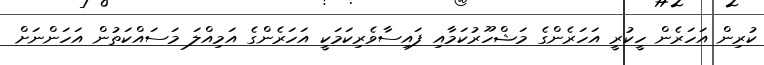
ކުރިން އަހަރެން ހީކުރީ އަހަރެންގެ މަޝްހޫރުކަމާއި ފައިސާވެރިކަމަކީ އަހަރެންގެ އަމިއްލަ މަސައްކަތުން އަހަންނަށް